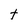
Character: t